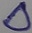
Text: D